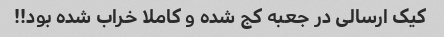
کیک ارسالی در جعبه کج شده و کاملا خراب شده بود!!